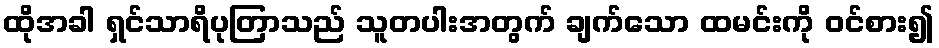
ထိုအခါ ရှင်သာရိပုတြာသည် သူတပါးအတွက် ချက်သော ထမင်းကို ဝင်စား၍